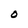
Character: 0